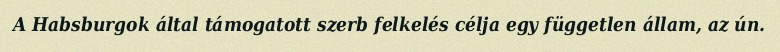
A Habsburgok által támogatott szerb felkelés célja egy független állam, az ún.